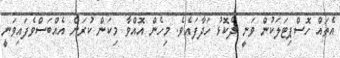
އެތައް ހޮސްޕިޓަލަކުން ވަނީ ދެކޮޅު ހަދާފައެވެ. މިހެން އޮއްވާ މިކަން ކުރަން އެއްބަސްވެފައިވަނީ